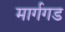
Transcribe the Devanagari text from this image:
मार्गगड